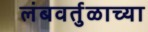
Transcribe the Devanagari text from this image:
लंबवर्तुळाच्या